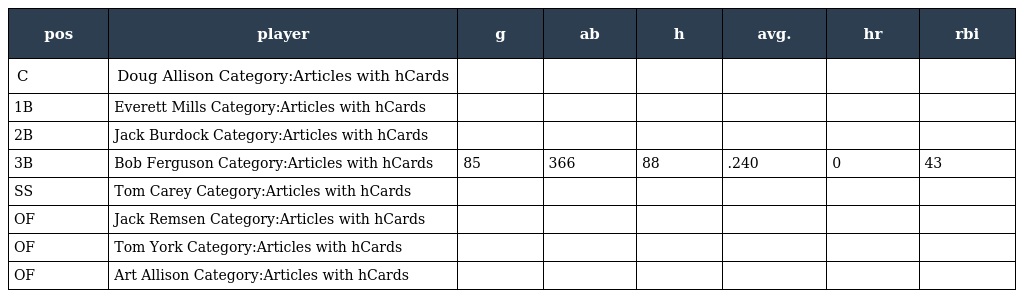
| pos | player | g | ab | h | avg. | hr | rbi |
 | --- | --- | --- | --- | --- | --- | --- | --- |
 | C | Doug Allison Category:Articles with hCards |  |  |  |  |  |  |
 | 1B | Everett Mills Category:Articles with hCards |  |  |  |  |  |  |
 | 2B | Jack Burdock Category:Articles with hCards |  |  |  |  |  |  |
 | 3B | Bob Ferguson Category:Articles with hCards | 85 | 366 | 88 | .240 | 0 | 43 |
 | SS | Tom Carey Category:Articles with hCards |  |  |  |  |  |  |
 | OF | Jack Remsen Category:Articles with hCards |  |  |  |  |  |  |
 | OF | Tom York Category:Articles with hCards |  |  |  |  |  |  |
 | OF | Art Allison Category:Articles with hCards |  |  |  |  |  |  |